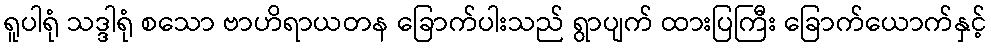
ရူပါရုံ သဒ္ဒါရုံ စသော ဗာဟိရာယတန ခြောက်ပါးသည် ရွာပျက် ထားပြကြီး ခြောက်ယောက်နှင့်